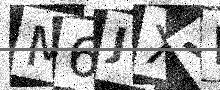
Text: M6JXVK